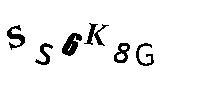
SS6K8G